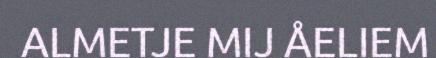
ALMETJE MIJ ÅELIEM